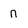
Character: n